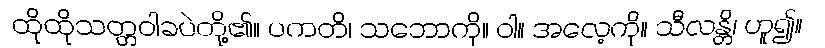
ထိုထိုသတ္တဝါခပဲတို့၏။ ပကတိ၊ သဘောကို။ ဝါ။ အလေ့ကို။ သီလန္တိ၊ ဟူ၍။